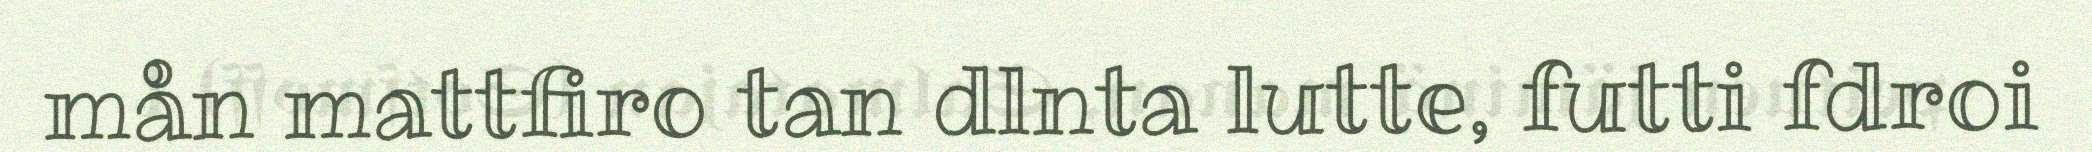
mån mattfiro tan dlnta lutte, futti fdroi